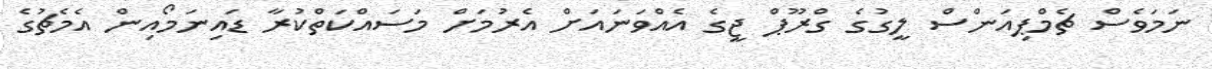
ނަމަވެސް ޗެމްޕިއަންސް ލީގުގެ ގްރޫޕް ޖީގެ އެއްވަނައަށް އެރުމަށް މަސައްކަތްކުރާ ޑައިނަމޯއިން އެމެޗުގެ